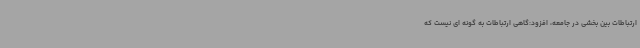
ارتباطات بین بخشی در جامعه، افزود:گاهی ارتباطات به گونه ای نیست که